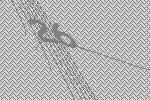
26